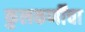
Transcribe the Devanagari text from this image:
कुलकर्णींचा